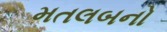
મતલબનો